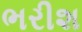
ભરીશ